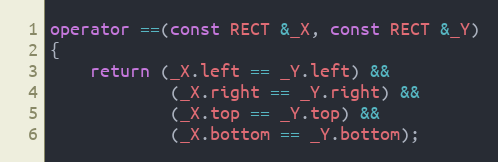
Language: C++
operator ==(const RECT &_X, const RECT &_Y)
{
	return (_X.left == _Y.left) &&
			(_X.right == _Y.right) &&
			(_X.top == _Y.top) &&
			(_X.bottom == _Y.bottom);